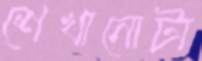
শেখানোটা